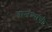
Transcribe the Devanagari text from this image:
वाजंत्र्यांची